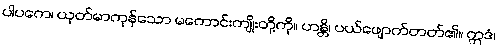
ပါပကေ၊ ယုတ်မာကုန်သော မကောင်းကျိုးတို့ကို။ ဟန္တိ၊ ပယ်ဖျောက်တတ်၏။ ဣဒံ၊